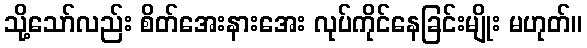
သို့သော်လည်း စိတ်အေးနားအေး လုပ်ကိုင်နေခြင်းမျိုး မဟုတ်။